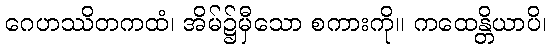
ဂေဟဿိတကထံ၊ အိမ်၌မှီသော စကားကို။ ကထေန္တိယာပိ၊